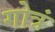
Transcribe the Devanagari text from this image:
गोत्रं